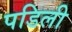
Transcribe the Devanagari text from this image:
पडिली